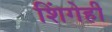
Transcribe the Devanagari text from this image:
शिंगेही